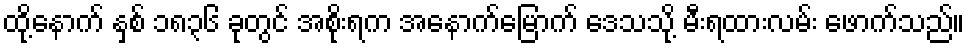
ထို့နောက် နှစ် ၁၈၃၆ ခုတွင် အစိုးရက အနောက်မြောက် ဒေသသို့ မီးရထားလမ်း ဖောက်သည်။